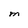
Character: M